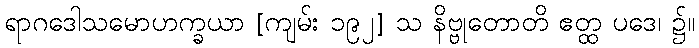
ရာဂဒေါသမောဟက္ခယာ [ကျမ်း ၁၉၂] သ နိဗ္ဗုတောတိ ဧတ္ထ ပဒေ၊ ၌။